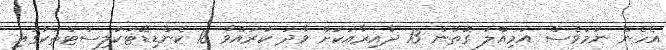
އެހެން ނަމަވެސް އަމިއްލަ ގޮތުން 13 ދާއިރާއަކަށް ވާދަ ކުރައްވާ 18 ކެންޑިޑޭޓަކުލިސްޓްތަކުގައި